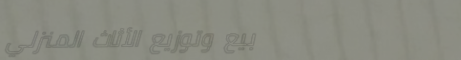
بيع وتوزيع الأثاث المنزلي